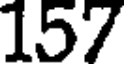
157